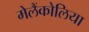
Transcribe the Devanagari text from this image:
मेलैंकोलिया